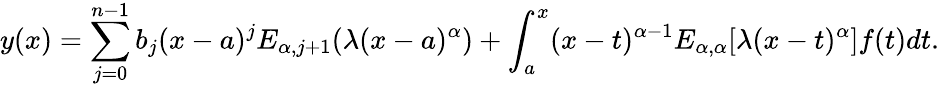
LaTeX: y(x)=\sum_{j=0}^{n-1}b_{j}(x-a)^{j}E_{\alpha,j+1}(\lambda(x-a)^{\alpha})+\int_{a}^{x}(x-t)^{\alpha-1}E_{\alpha,\alpha}[\lambda(x-t)^{\alpha}]f(t)dt.